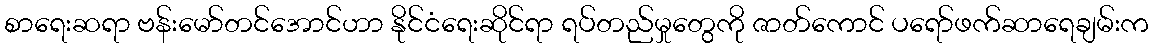
စာရေးဆရာ ဗန်းမော်တင်အောင်ဟာ နိုင်ငံရေးဆိုင်ရာ ရပ်တည်မှုတွေကို ဇာတ်ကောင် ပရော်ဖက်ဆာရေချမ်းက